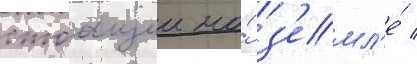
стоащии на́ з'емл'е́ /